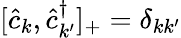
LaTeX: [\hat{c}_{k},\hat{c}_{k^{\prime}}^{\dagger}]_{+}=\delta_{kk^{\prime}}